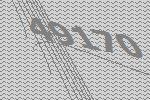
49170